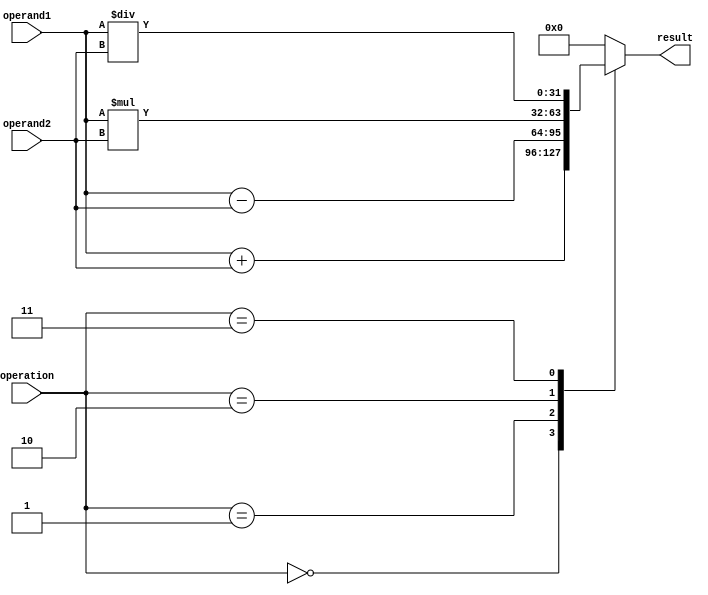
module single_precision_fpu(
  input wire [31:0] operand1,
  input wire [31:0] operand2,
  input wire [2:0] operation,
  output reg [31:0] result
);

// Control logic to determine which operation to perform
always @ (operation)
begin
  case(operation)
    3'b000: result <= operand1 + operand2; // Addition
    3'b001: result <= operand1 - operand2; // Subtraction
    3'b010: result <= operand1 * operand2; // Multiplication
    3'b011: result <= operand1 / operand2; // Division
    // Add cases for handling special cases such as NaN and infinity
    // Add error detection mechanisms for overflow, underflow, and invalid operations
    default: result <= 0; // Default case
  endcase
end

endmodule